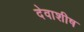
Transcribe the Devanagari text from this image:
देवाशीष